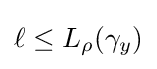
\ell \leq L_{\rho }(\gamma _{y})